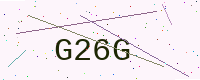
Text: G26G